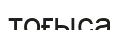
тоғыса